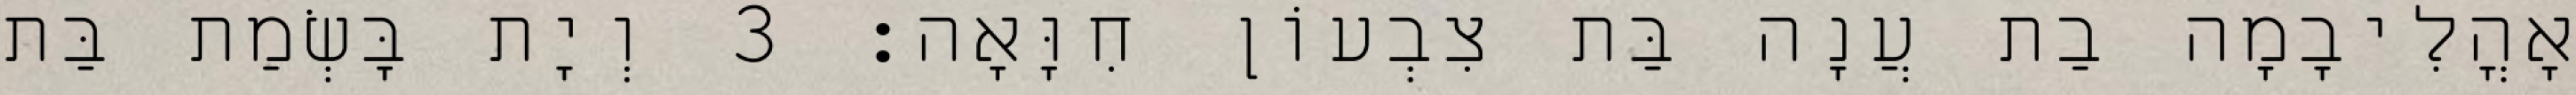
אָהֳלִיבָמָה בַת עֲנָה בַּת צִבְעוֹן חִוָּאָה׃ 3 וְיָת בָּשְׂמַת בַּת